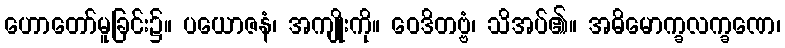
ဟောတော်မူခြင်း၌။ ပယောဇနံ၊ အကျိုးကို။ ဝေဒိတဗ္ဗံ၊ သိအပ်၏။ အဓိမောက္ခလက္ခဏေ၊